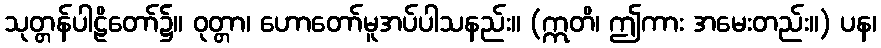
သုတ္တန်ပါဠိတော်၌။ ဝုတ္တာ၊ ဟောတော်မူအပ်ပါသနည်း။ (ဣတိ၊ ဤကား အမေးတည်း။) ပန၊